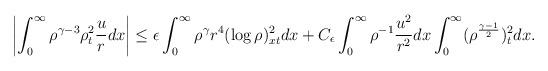
LaTeX: \begin{align*}\begin{aligned}\left|\int_0^\infty\rho^{\gamma-3}\rho_t^2\frac{u}{r}dx\right|\leq\epsilon\int_0^\infty\rho^\gamma r^4(\log\rho)_{xt}^2dx+C_\epsilon\int_0^\infty\rho^{-1}\frac{u^2}{r^2}dx\int_0^\infty(\rho^\frac{\gamma-1}{2})_t^2dx.\end{aligned}\end{align*}